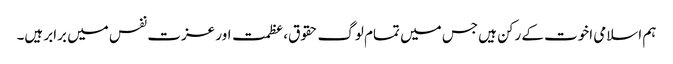
ہم اسلامی اخوت کے رکن ہیں جس میں تمام لوگ حقوق،عظمت اور عزت نفس میں برابر ہیں۔